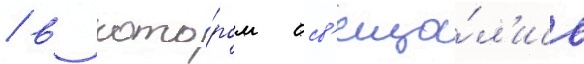
/ в кото́ром осв'еща́л'ись